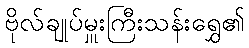
ဗိုလ်ချုပ်မှူးကြီးသန်းရွှေ၏